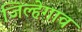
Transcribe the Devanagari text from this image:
जिल्हेगाव